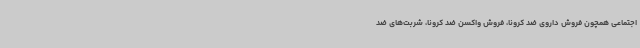
اجتماعی همچون فروش داروی ضد کرونا، فروش واکسن ضد کرونا، شربت‌های ضد